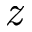
\emph { z }